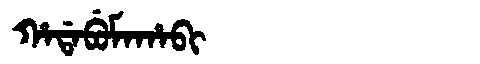
Manchu: ᡥᠠᡩᠠᠪᡠᠮᠠᡥᠠᠪᡳ
Romanization: HADABUMAHABI